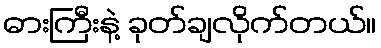
ဓားကြီးနဲ့ ခုတ်ချလိုက်တယ်။